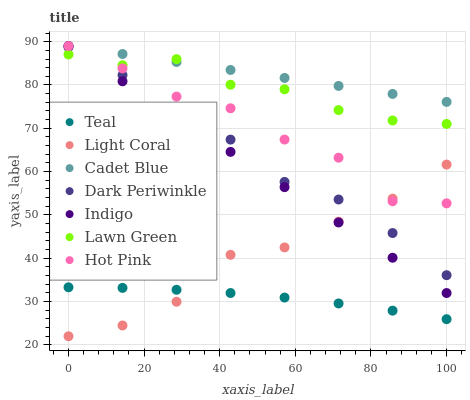
| xaxis_label | Teal | Light Coral | Cadet Blue | Dark Periwinkle | Indigo | Lawn Green | Hot Pink |
 | --- | --- | --- | --- | --- | --- | --- | --- |
 | 0 | 33.3 | 22 | 89 | 88.8 | 89 | 87.1 | 89 |
 | 14.3 | 33.2 | 24.5 | 87.2 | 82.3 | 80.9 | 84.6 | 83.8 |
 | 28.6 | 32.7 | 30 | 85.3 | 71.4 | 72.7 | 86 | 77.3 |
 | 42.9 | 32 | 40.8 | 83.5 | 67.4 | 64.6 | 80.1 | 74.6 |
 | 57.1 | 30.9 | 42.5 | 81.6 | 57.6 | 56.4 | 79 | 67.4 |
 | 71.4 | 29.6 | 48.5 | 79.8 | 53.6 | 48.3 | 74.2 | 63.2 |
 | 85.7 | 27.9 | 53.8 | 77.9 | 45.8 | 40.1 | 71.8 | 53.2 |
 | 100 | 25.9 | 61.6 | 76.1 | 36.1 | 32 | 71 | 52.7 |